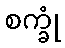
စက္ခုံ